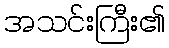
အသင်းကြီး၏